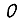
Digit: 0